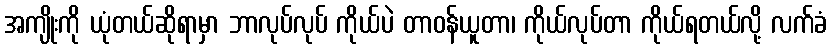
အကျိုးကို ယုံတယ်ဆိုရာမှာ ဘာလုပ်လုပ် ကိုယ်ပဲ တာဝန်ယူတာ၊ ကိုယ်လုပ်တာ ကိုယ်ရတယ်လို့ လက်ခံ